Eesti_Rahvusfond, lk 156
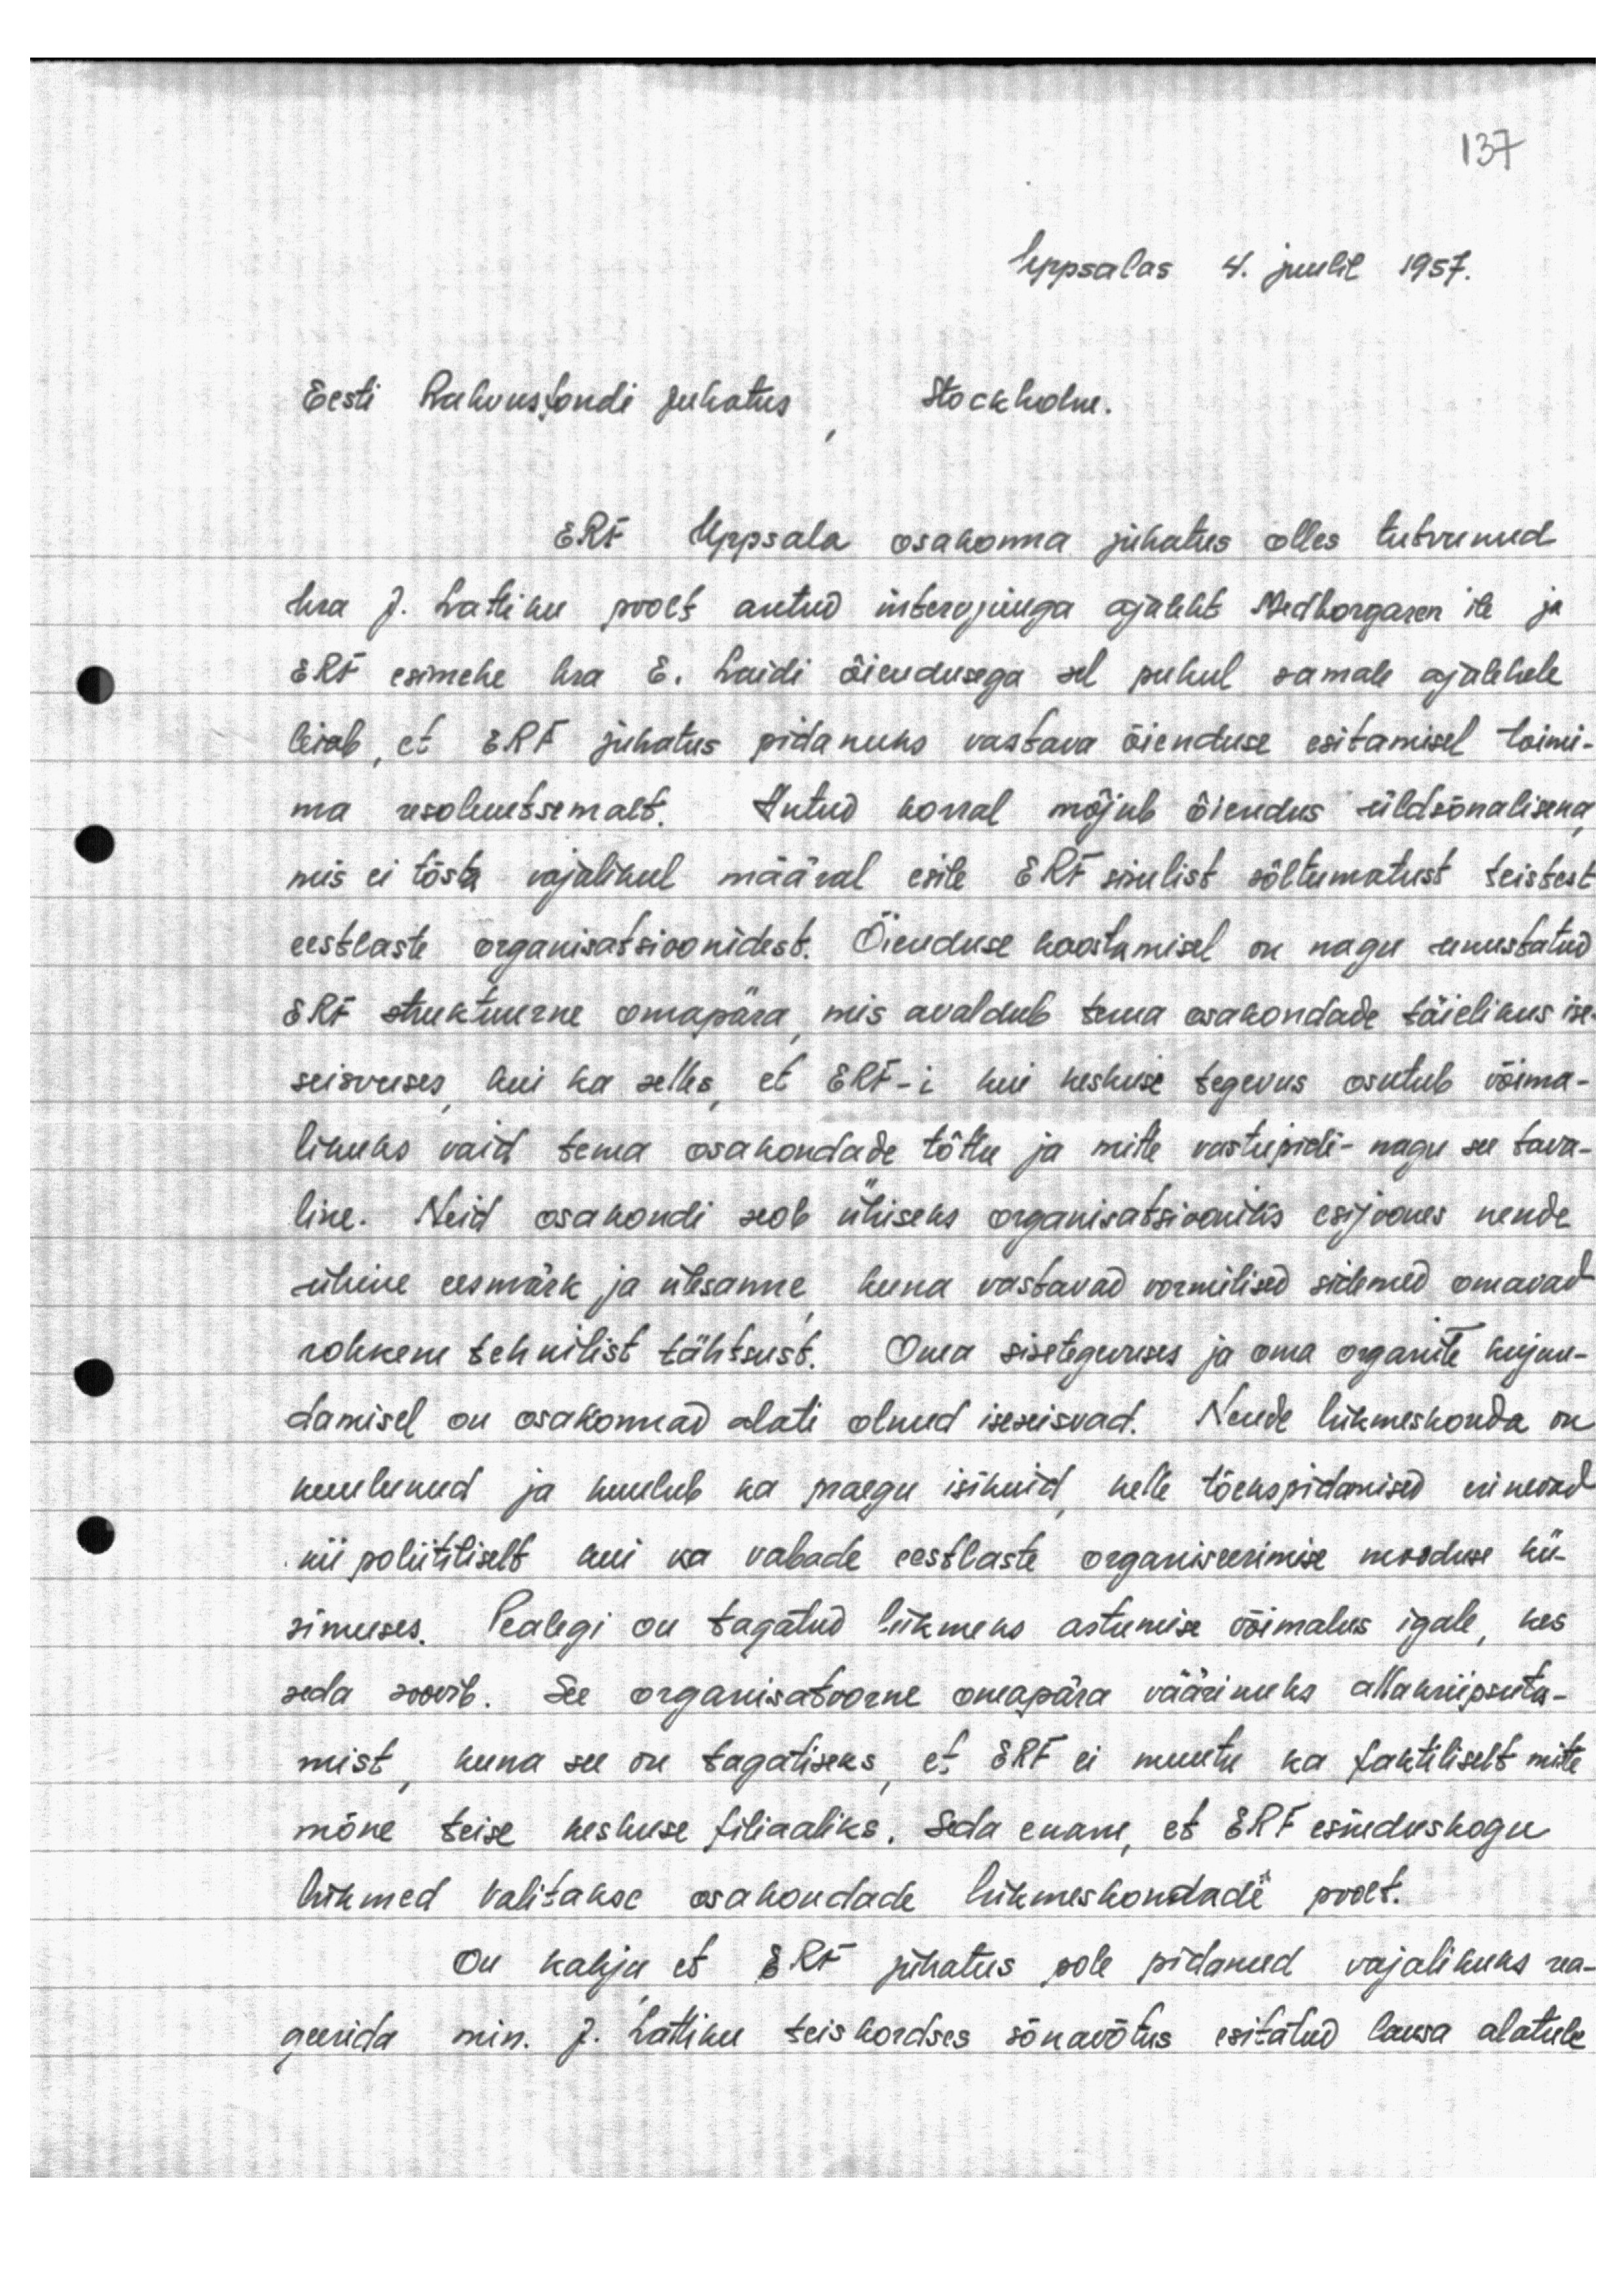
Uppsalas 4. juulil 1957.
Eesti Rahvusfondi juhatus, Stockholm.

ERF Uppsala osakonna juhatus olles tutvunud
hra J. Lattiku poolt antud intervjuuga ajaleht Medhogaren ile ja
ERF esimehe hra E. Laidi õiendusega sel puhul samale ajalehele
leiab, et ERF juhatus pidanuks vastava õienduse esitamisel toimi-
ma resoluutsemalt. Antud korral mõjub õiendus üldsõnalisena,
mis ei tõsta vajalikul määral esile ERF sisulist sõltumatust teistest
eestlaste organisatsioonidest. Õienduse koostamisel on nagu auustatud
ERF struktuurne omapära, mis avaldub tema osakondade täielikus ise-
seisvuses, kui ka selles, et ERF-i kui keskuse tegevus osutub võima-
likuks vaid tema osakondade tõttu ja mitte vastupidi – nagu see tava-
line. Neid osakondi seob ühiseks organisatsiooniks esijoones nende
ühine eesmärk ja ülesanne kuna vastavad vormilised sidemed omavad
rohkem tehnilist tähtsust. Oma sisetegevuses ja oma organite kujun-
damisel on osakonnad alati olnud iseseisvad. Nende liikmeskonda on
kuulunud ja kuulub ka praegu isikuid, kelle tõekspidamised erinevad
nii poliitliselt kui ka vabade eestlaste organiseerimise mooduse kü-
simuses. Pealegi on tagatud liikmeks astumise võimalus igale, kes
seda soovib. See organisatoorne omapära väärinuks allakriipsuta-
mist, kuna see on tagatiseks, et ERF ei muutu ka faktiliselt mitte
mõne teise keskuse filiaaliks. Seda enam, et ERF esinduskogu
liikmed valitakse osakondade liikmeskondade poolt.
On kahju et ERF juhatus pole pidanud vajalikuks rea-
geerida min. J. Lattiku teiskordses sõnavõtus esitatud lausa alatule